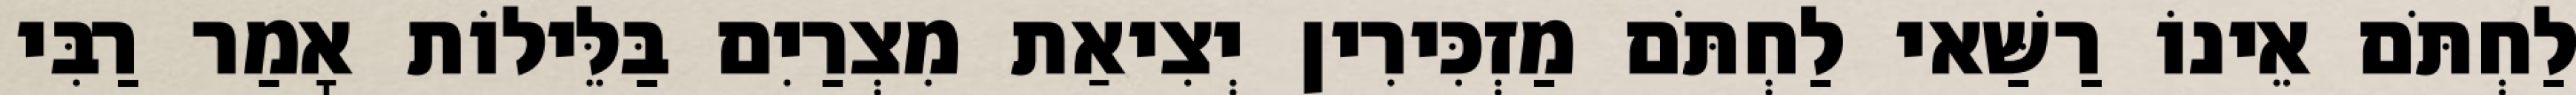
לַחְתֹּם אֵינוֹ רַשַּׁאי לַחְתֹּם מַזְכִּירִין יְצִיאַת מִצְרַיִם בַּלֵּילוֹת אָמַר רַבִּי